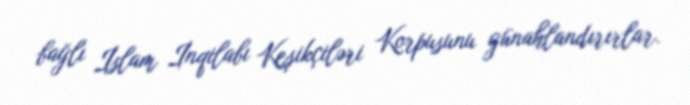
bağlı İslam İnqilabı Keşikçiləri Korpusunu günahlandırırlar.